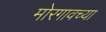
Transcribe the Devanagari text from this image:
मोरगावच्या